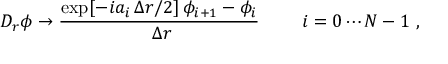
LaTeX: D _ { r } \phi \to { \frac { \exp [ - i a _ { i } \, \Delta r / 2 ] \, \phi _ { i + 1 } - \phi _ { i } } { \ \Delta r } } { } ~ ~ ~ ~ ~ ~ ~ i = 0 \cdots N - 1 \ ,